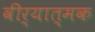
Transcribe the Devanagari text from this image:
वीर्यात्मक